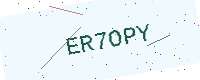
Text: ER7OPY